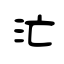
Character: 汒